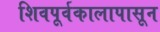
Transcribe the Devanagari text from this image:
शिवपूर्वकालापासून